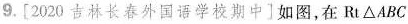
9.[2020 吉林长春外国语学校期中]如图，在Rt\triangle ABC